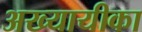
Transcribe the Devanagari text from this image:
अख्यायीका